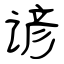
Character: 谚